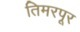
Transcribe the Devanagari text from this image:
तिमरपूर